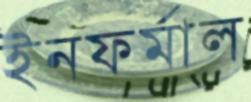
ইনফর্মাল